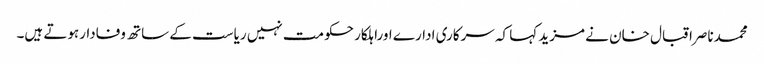
محمدناصراقبال خان نے مزید کہا کہ سرکاری ادارے اوراہلکار حکومت نہیں ریاست کے ساتھ وفادارہوتے ہیں۔